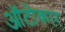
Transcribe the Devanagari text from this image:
ऑटोकार